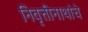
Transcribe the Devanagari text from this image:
निवृत्तीनाथांचे